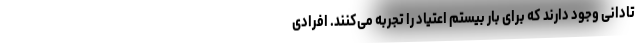
تادانی وجود دارند که برای بار بیستم اعتیاد را تجربه می‌کنند. افرادی